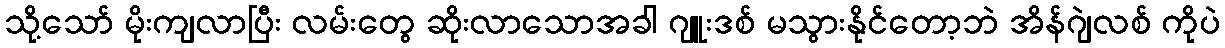
သို့သော် မိုးကျလာပြီး လမ်းတွေ ဆိုးလာသောအခါ ဂျူးဒစ် မသွားနိုင်တော့ဘဲ အိန်ဂျဲလစ် ကိုပဲ